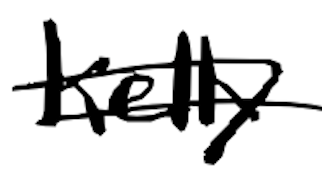
Text: Kelly
Cross-out: double-line
Writing tool: digital_black